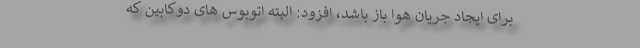
برای ایجاد جریان هوا باز باشد، افزود: البته اتوبوس های دوکابین که